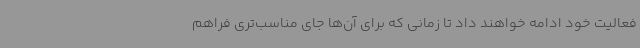
فعالیت خود ادامه خواهند داد تا زمانی که برای آن‌ها جای مناسب‌تری فراهم